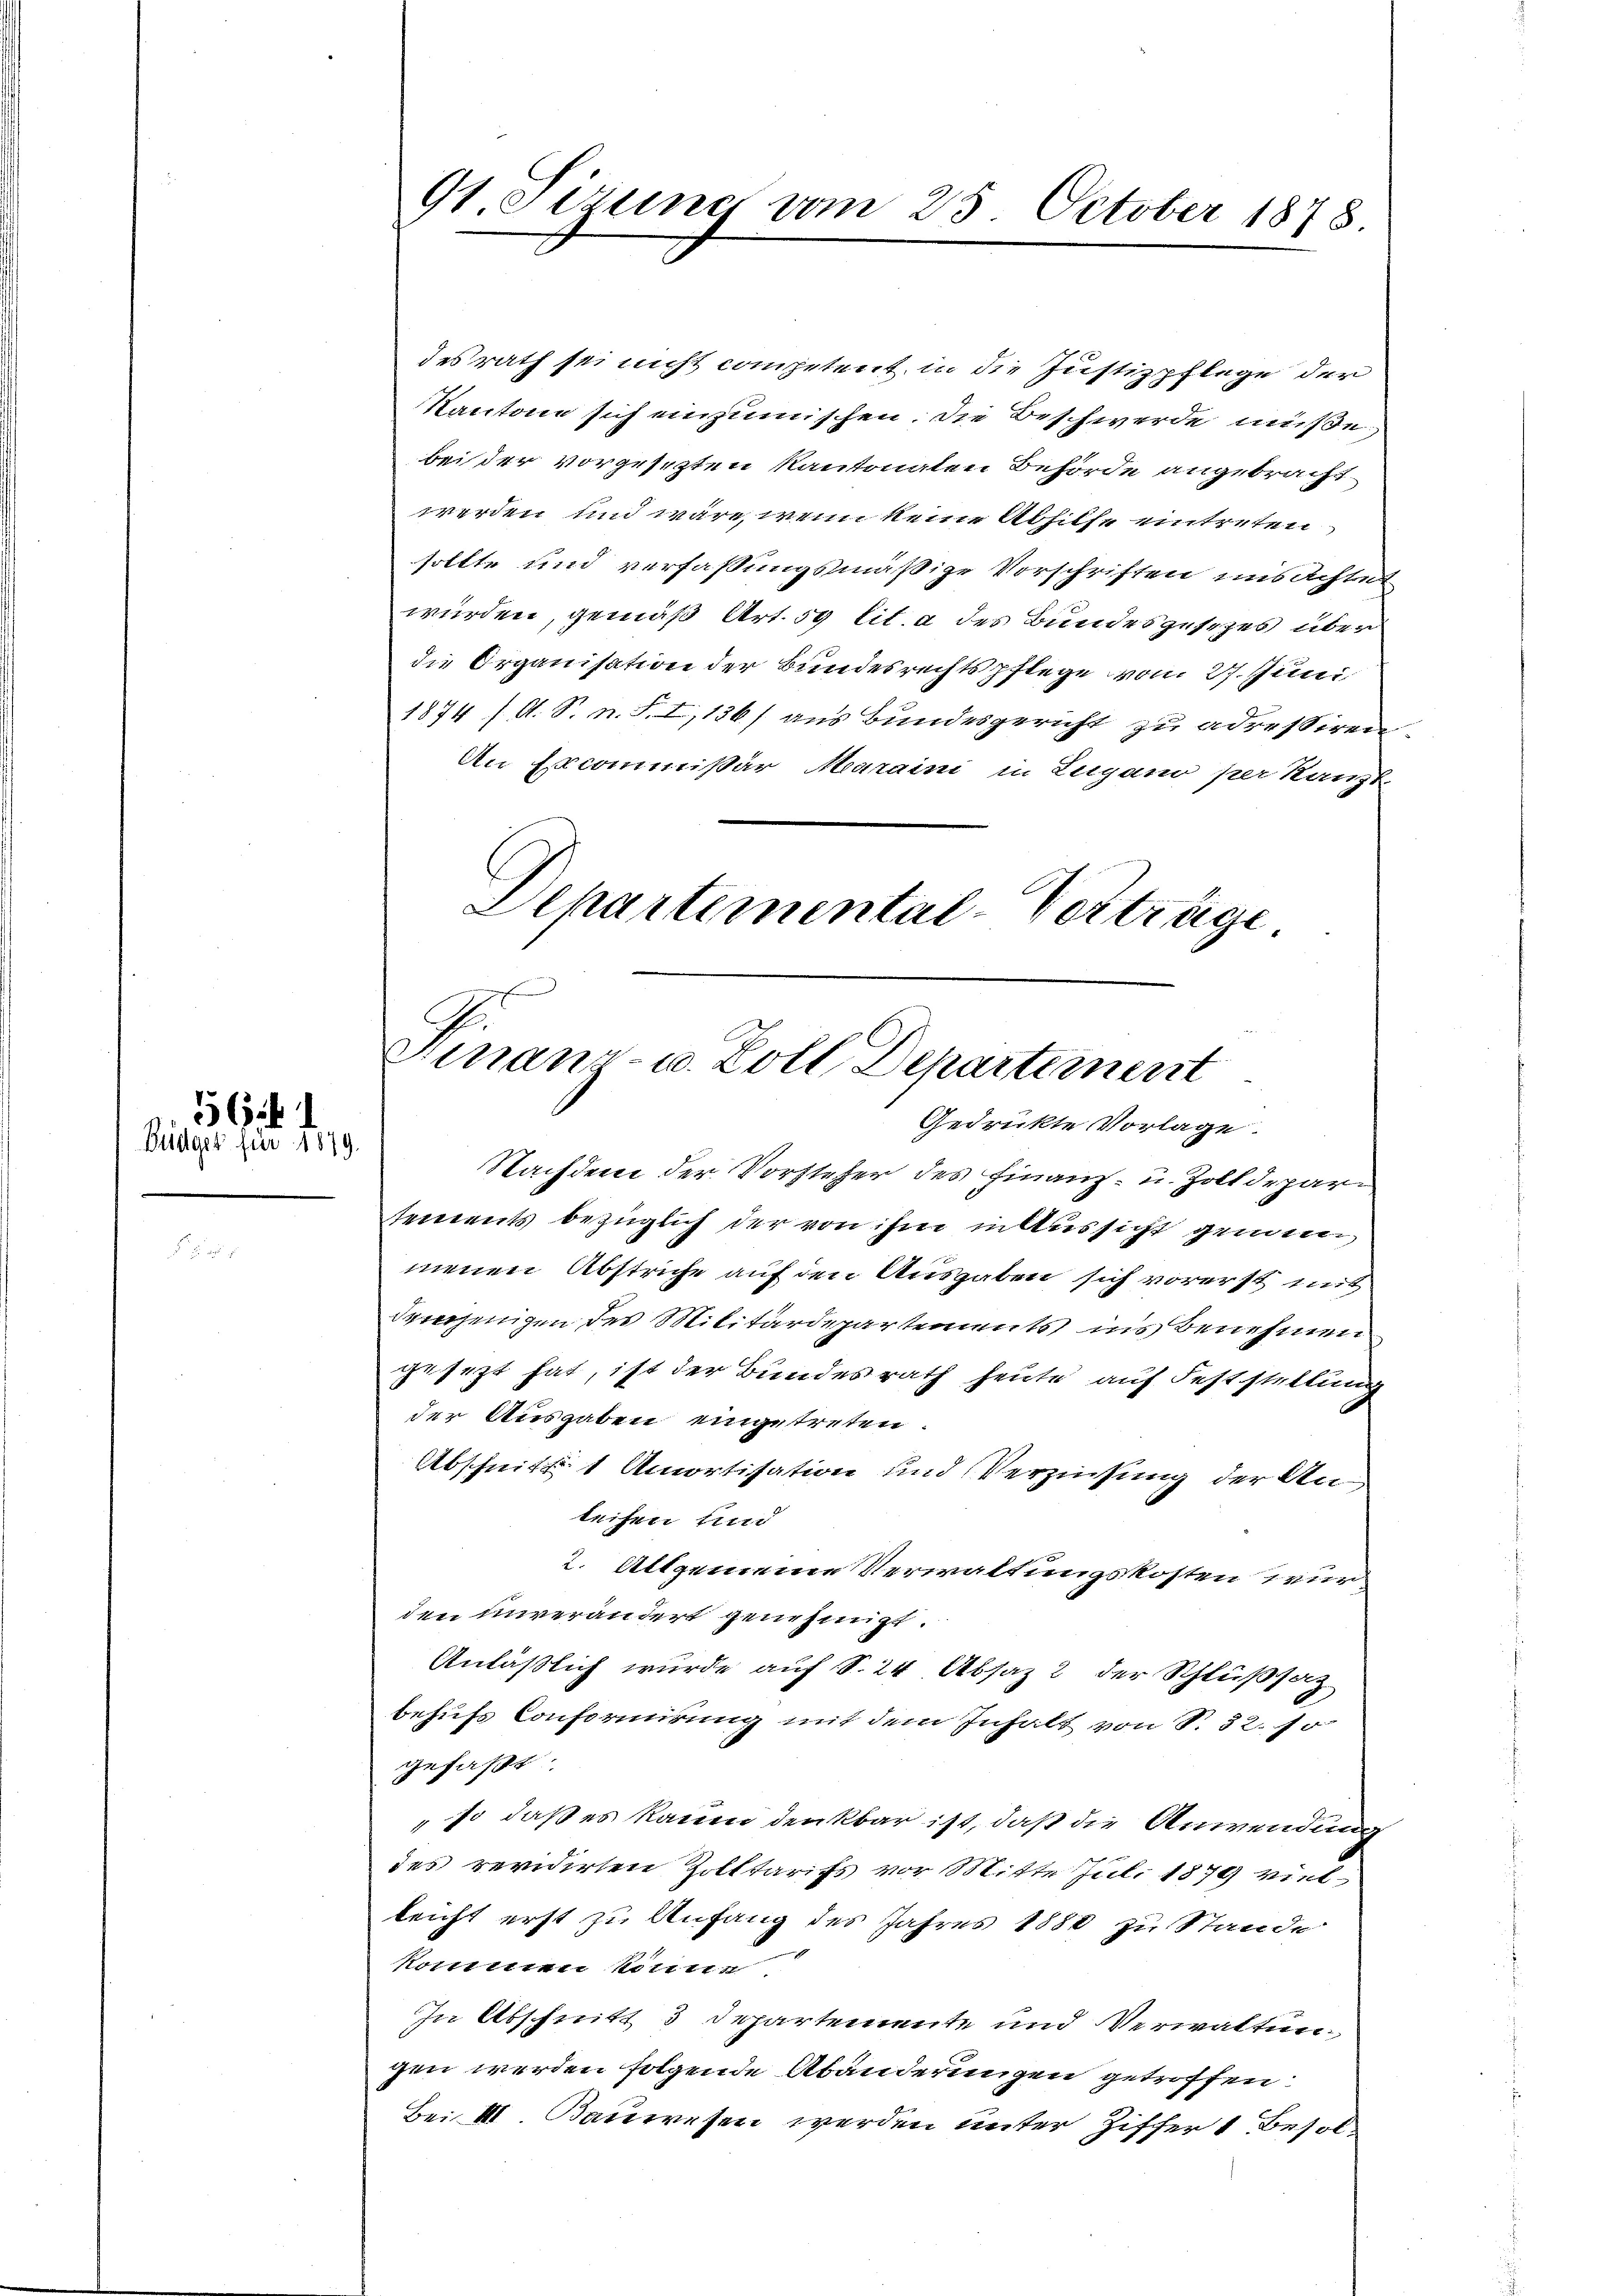
56. 1
Büdget für 1879.

91 Sirung vom 25. October 1878

des rath sei nicht competent in die Justizpflege der
Kantone sich einzumischen. Die Beschwerde müße.
bei der vorgesezten Kantonaten Behörde angebracht
werden und wäre, wenn keine Abhilfe eintreten
sollte und verfassungsmäßige Vorschriften mis achte
würden, gemäß Art. 59 lit. a des Bundesgesezes über
die Organisation der Bundesrechtspflege von 27. Juni
1874 /A. S. n. F. I, 136) aus Bundesgericht zu adressiren
An Ecommißär Maraini in Lugano per Kanzt.
Departemental-Verträge

Finanz- u. Zoll Departement
Gedrükte Vorlage.

Nachdem der Vorsteher des Finanz- u. Zolldepartements bezüglich der von ihm in Aussicht gemeinmenen Abstriche auf den Ausgaben sich vorerst mit
demjenigen des Militärdepartements ins Benehmen
gesezt hat, ist der Bundesrath heute auf Feststellung
der Ausgaben eingetreten.
Abschnitt. 1 Amortisation und Verzinsung der Anleihen und
2. Allgemeine Verwaltungskosten wur
den unverändert genehmigt.
Anläßlich wurde auf S. 24 Absaz 2 der Schlußsatz
behufs Conformirung mit dem Inhalt von S. 32. so
gefaßt
"so daß es kamen denkbar ist, daß die Anwendung
des revidirten Zolltarifs vor Mitte Jul. 1879 viel
leicht erst zu Anfang des Jahres 1880 zu Stande
kommen kontin
In Abschnitt 3 Departemente und Verwaltungen werden folgende Abänderungen getroffen:
Bei II. Bauwesen werden unter Ziffer 1 Besol¬